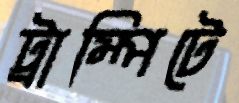
ট্রাম্পিটে